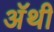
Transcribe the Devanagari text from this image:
अॅथी